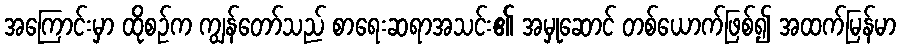
အကြောင်းမှာ ထိုစဉ်က ကျွန်တော်သည် စာရေးဆရာအသင်း၏ အမှုဆောင် တစ်ယောက်ဖြစ်၍ အထက်မြန်မာ